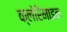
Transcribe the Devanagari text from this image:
क्लोरैमाइन